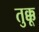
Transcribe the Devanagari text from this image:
तुक्कू